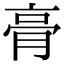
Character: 𮌔